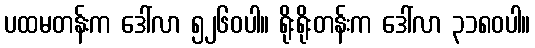
ပထမတန်းက ဒေါ်လာ ၅၂၆၀ပါ။ ရိုးရိုးတန်းက ဒေါ်လာ ၃၁၈၀ပါ။